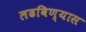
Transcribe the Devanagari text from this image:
लढविण्यास